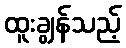
ထူးချွန်သည့်